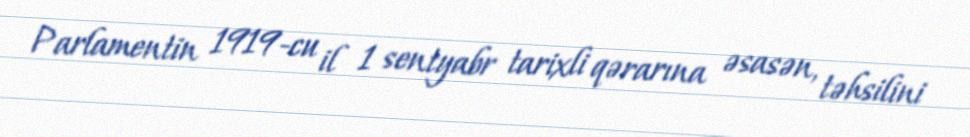
Parlamentin 1919-cu il 1 sentyabr tarixli qərarına əsasən, təhsilini